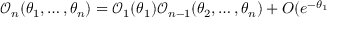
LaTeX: \mathcal { O } _ { n } ( \theta _ { 1 } , \dots , \theta _ { n } ) = \mathcal { O } _ { 1 } ( \theta _ { 1 } ) \mathcal { O } _ { n - 1 } ( \theta _ { 2 } , \dots , \theta _ { n } ) + O ( e ^ { - \theta _ { 1 } }